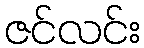
ဇင်လင်း